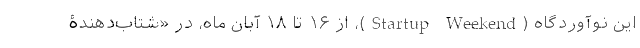
این نوآوردگاه (Startup Weekend)، از ۱۶ تا ۱۸ آبان ماه، در «شتاب‌دهندۀ